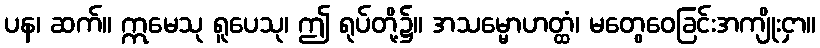
ပန၊ ဆက်။ ဣမေသု ရူပေသု၊ ဤ ရုပ်တို့၌။ အသမ္မောဟတ္ထံ၊ မတွေဝေခြင်းအကျိုးငှာ။